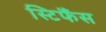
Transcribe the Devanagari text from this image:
स्टिफैंस